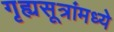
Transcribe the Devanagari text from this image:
गृह्यसूत्रांमध्ये